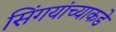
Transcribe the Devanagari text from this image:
सिंगयांच्याकडे